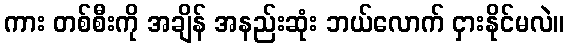
ကား တစ်စီးကို အချိန် အနည်းဆုံး ဘယ်လောက် ငှားနိုင်မလဲ။